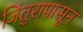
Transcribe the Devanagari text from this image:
जिंतुरापासून